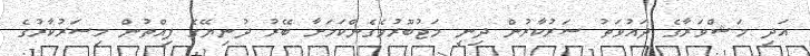
އަދި މަޝްވަރާގެ ދައުވަތު ސަރުކާރުން ދިނީ މަޖުބޫރުވެގެންކަމަށާ ބޭރު ދުނިޔޭގެ ފިއްތުން މިސަރުކާރުގެ